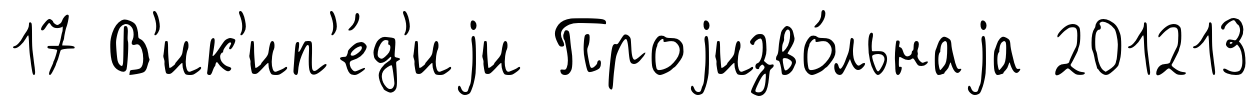
17 В'ик'ип'е́д'иjи Проjизво́льнаjа 201213